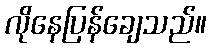
လိုနေပြန်ချေသည်။